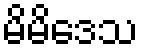
မိမိဒေသ